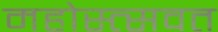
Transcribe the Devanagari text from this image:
महोस्त्सवत